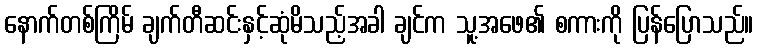
နောက်တစ်ကြိမ် ချက်တီဆင်းနှင့်ဆုံမိသည့်အခါ ချင်က သူ့အဖေ၏ စကားကို ပြန်ပြောသည်။